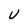
Character: U